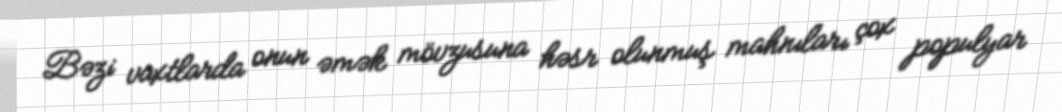
Bəzi vaxtlarda onun əmək mövzusuna həsr olunmuş mahnıları çox populyar